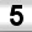
Digit: 5